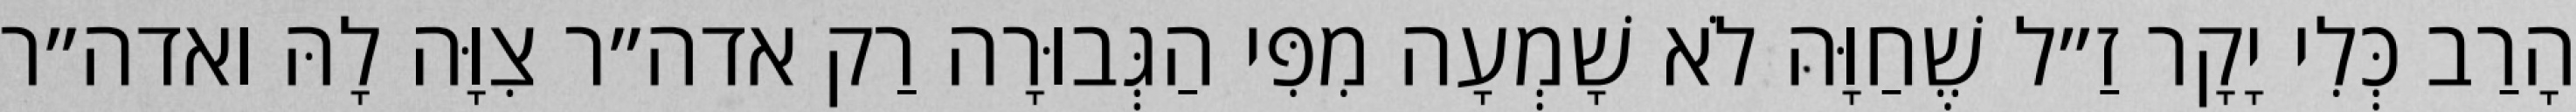
הָרַב כְּלִי יָקָר זַ״ל שֶׁחַוָּה לֹא שָׁמְעָה מִפִּי הַגְּבוּרָה רַק אדה״ר צִוָּה לָהּ ואדה״ר